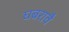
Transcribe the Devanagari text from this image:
घबरावै